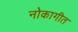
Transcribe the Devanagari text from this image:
नोकागीत